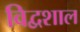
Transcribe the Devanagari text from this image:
विद्वशाल